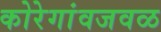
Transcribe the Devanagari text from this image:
कोरेगांवजवळ